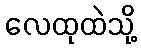
လေထုထဲသို့